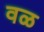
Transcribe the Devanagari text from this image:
वळ